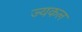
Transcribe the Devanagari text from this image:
ज्यकल